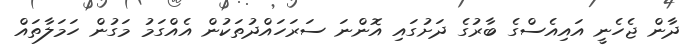
ދާން ޖެހެނީ އައިއެސްގެ ބާރުގެ ދަށުގައި އޮންނަ ސަރަހައްދުތަކުން އެއްގަމު މަގުން ހަމަލާތައް